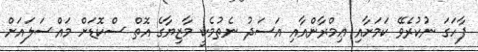
ފާހަގަ ނުކުރެވޭ ކަމަށާއި ޢިމްރާންއާއި އަސަދު ނެތުމެކީ މާޒިޔާގެ އޮތް ސްކޮޑަށް މައްސަލައަށް